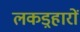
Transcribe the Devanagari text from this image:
लकड़्हारों